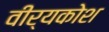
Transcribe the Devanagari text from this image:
वीर्यकोश